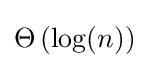
\Theta \left(\log(n)\right)